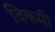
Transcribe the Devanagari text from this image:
विकमी